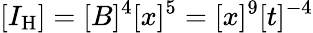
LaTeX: [I_{\mathrm{H}}]=[B]^{4}[x]^{5}=[x]^{9}[t]^{-4}